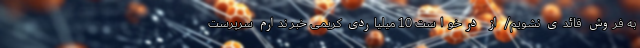
به فروش قائدی نشویم/ از درخواست 10 میلیاردی کریمی خبر ندارم سرپرست